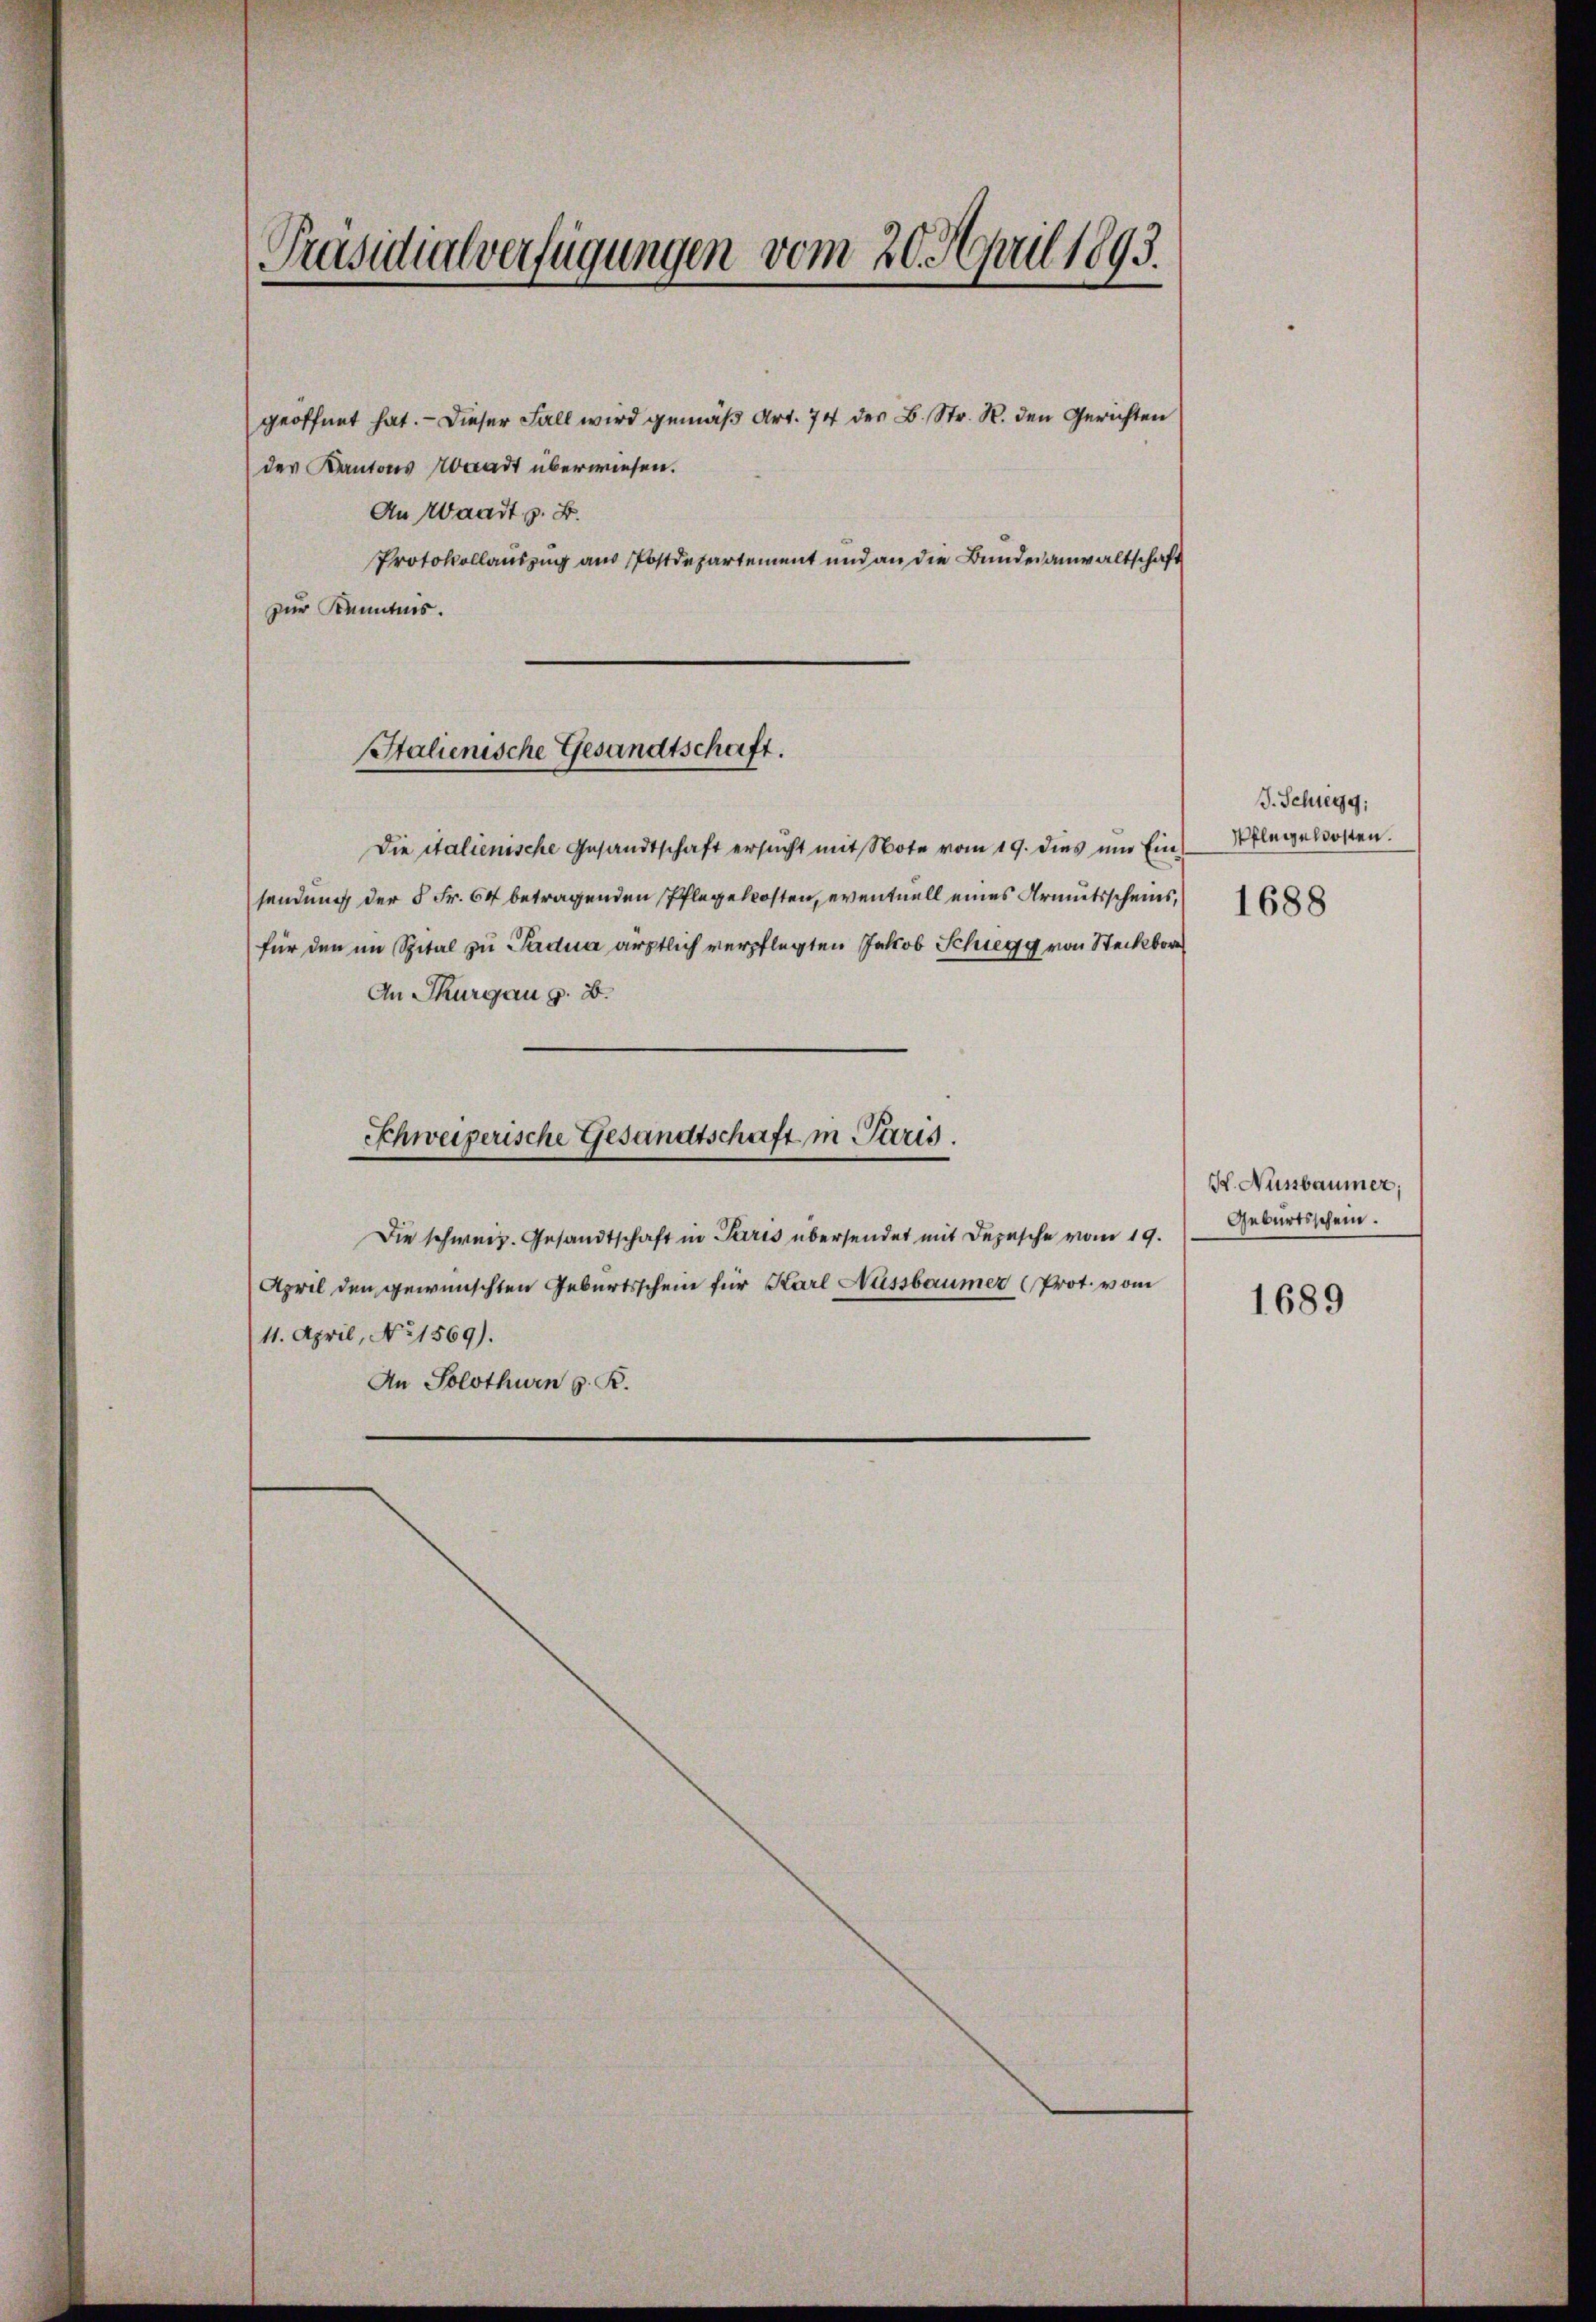
geöffnet hat. — Dieser Fall wird gemäß Art. 74 des B. Str. H. den Gerichten
der Kantons Abradt überwiesen.
An Waadt, z. B.
Protokollauszug aus Postdepartement und an die Bundesanwaltschaft
zur Kenntnis.
Die italienische Gesandtschaft ersŭcht mit Note vom 19. dies um Ein Pflegelosten.
sendung der 5 Fr. 64 betragenden Pflegekosten, eventuell eines Armutsscheins, 188
für den im Spital zu Padua ärztlich verpflegten Jakob Schregg von Steckbor
An Thurgau z. B.
Schweizerische Gesandtschaft in Paris.
Die schweiz. Gesandtschaft in Paris übersendet mit Depesche vom 19.
April den gewünschten Geburtsschein für Karl Aussbaumer (Prot. vom
11. April, No 1569).
An Solothurn z. B.

Präsidialverfügungen vom 20. April 1893.

Stalienische Gesandtschaft.

J. Schlegg:

H. Nußbaumer:
Geburtsschein.

1689